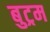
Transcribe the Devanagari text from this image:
बुट्रम